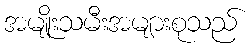
အမျိုးသမီးအများစုသည်